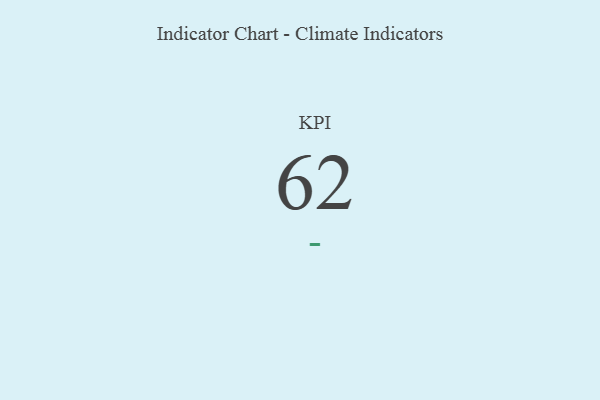
{"axis": {"x": "KPI", "y": "Value"}, "legend": [""], "data": [{"x": "KPI", "y": 62, "type": ""}]}